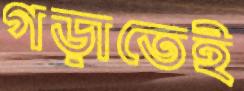
গড়াতেই